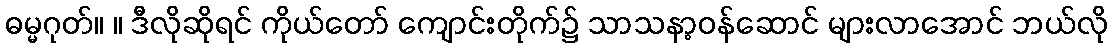
ဓမ္မဂုတ်။ ။ ဒီလိုဆိုရင် ကိုယ်တော် ကျောင်းတိုက်၌ သာသနာ့ဝန်ဆောင် များလာအောင် ဘယ်လို